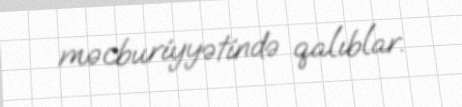
məcburiyyətində qalıblar.